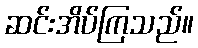
ဆင်းအိပ်ကြသည်။